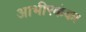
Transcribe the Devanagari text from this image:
आभीरकंका